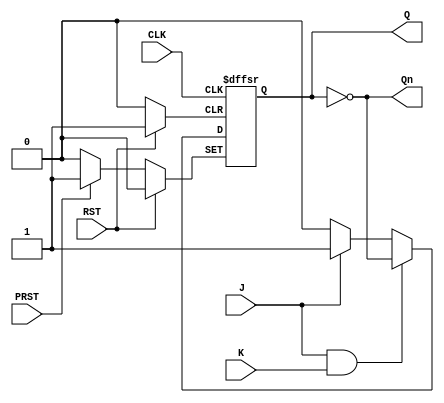
module jk_ff (
    output reg Q, Qn,
    input wire J, K, CLK, RST, PRST 
);

    assign Qn = ~Q;

    always @(posedge CLK or posedge RST or posedge PRST) begin
        if (RST) begin
            Q <= 0; // Reset
        end else if (PRST) begin
            Q <= 1; // Preset
        end else if ( J & K ) begin
            Q <= ~Q;// Switch
        end else if ( J ) begin
            Q <= 1; // Set
        end else if ( K ) begin
            Q <= 0; // Unset
        end else begin
            Q <= 0; // Default: Reset
        end
    end 

endmodule